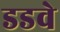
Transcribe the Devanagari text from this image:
डडवे